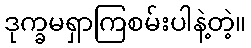
ဒုက္ခမရှာကြစမ်းပါနဲ့တဲ့။